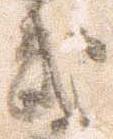
武